Insane asylums in Bengal annual reports 1876-1887 - 1876-1887
Year: 1876
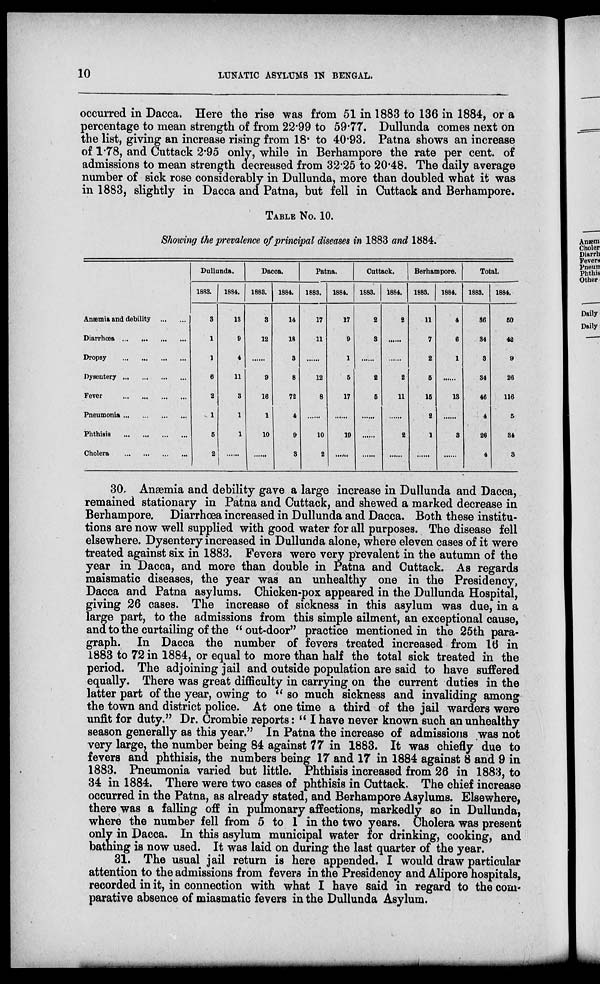
10
LUNATIC ASYLUMS IN BENGAL.
occurred in Dacca. Here the rise was from 51 in 1883 to 136 in 1884, or a
percentage to mean strength of from 22.99 to 59.77. Dullunda comes next on
the list, giving an increase rising from 18. to 40.93. Patna shows an increase
of 1.78, and Cuttack 2.95 only, while in Berhampore the rate per cent. of
admissions to mean strength decreased from 32.25 to 20.48. The daily average
number of sick rose considerably in Dullunda, more than doubled what it was
in 1883, slightly in Dacca and Patna, but fell in Cuttack and Berhampore.
TABLE No. 10.
Showing the prevalence of principal diseases in 1883 and 1884.
Anæmia and debility
...
...
Diarrhœa ... ... ... ...
Dropsy
...
...
...
...
Dysentery
...
...
...
...
Fever
...
...
...
...
Pneumonia ... ... ... ...
Phthisis
...
...
...
...
Cholera
...
...
...
...
Dullunda.
1883.
3
1
1
6
2
1
5
2
1884.
13
9
4
11
3
1
1
Dacca.
1883.
3
12
9
16
1
10
1884.
14
18
3
8
72
4
9
3
Patna.
1883.
17
11
12
8
10
2
1884.
17
9
1
5
17
19
.....
Cuttack.
1883.
2
3
2
5
1884.
2
2
11
2
Berhampore.
1883.
11
7
2
5
15
2
1
1884.
4
6
1
13
3
Total.
1883.
36
34
3
34
46
4
26
4
1884.
50
42
9
26
116
5
34
3
30 Anæmia and debility gave a large increase in Dullunda and Dacca,
remained stationary in Patna and Cuttack, and shewed a marked decrease in
Berhampore. Diarrhoea increased in Dullunda and Dacca. Both these institu-
tions are now well supplied with good water for all purposes. The disease fell
elsewhere. Dysentery increased in Dullunda alone, where eleven cases of it were
treated against six in 1883. Fevers were very prevalent in the autumn of the
year in Dacca, and more than double in Patna and Cuttack. As regards
maismatic diseases, the year was an unhealthy one in the Presidency,
Dacca and Patna asylums. Chicken-pox appeared in the Dullunda Hospital,
giving 26 cases. The increase of sickness in this asylum was due, in a
large part, to the admissions from this simple ailment, an exceptional cause,
and to the curtailing of the "out-door" practice mentioned in the 25th para-
graph. In Dacca the number of fevers treated increased from 16 in
1883 to 72 in 1884, or equal to more than half the total sick treated in the
period. The adjoining jail and outside population are said to have suffered
equally. There was great difficulty in carrying on the current duties in the
latter part of the year, owing to " so much sickness and invaliding among
the town and district police. At one time a third of the jail warders were
unfit for duty." Dr. Crombie reports: "I have never known such an unhealthy
season generally as this year." In Patna the increase of admissions was not
very large, the number being 84 against 77 in 1883. It was chiefly due to
fevers and phthisis, the numbers being 17 and 17 in 1884 against 8 and 9 in
1883. Pneumonia varied but little. Phthisis increased from 26 in 1883, to
34 in 1884. There were two cases of phthisis in Cuttack. The chief increase
occurred in the Patna, as already stated, and Berhampore Asylums. Elsewhere,
there was a falling off in pulmonary affections, markedly so in Dullunda,
where the number fell from 5 to 1 in the two years. Cholera was present
only in Dacca. In this asylum municipal water for drinking, cooking, and
bathing is now used. It was laid on during the last quarter of the year.
31. The usual jail return is here appended. I would draw particular
attention to the admissions from fevers in the Presidency and Alipore hospitals,
recorded in it, in connection with what I have said in regard to the com-
parative absence of miasmatic fevers in the Dullunda Asylum.